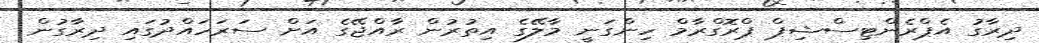
ދިރާގު އެޕްރެންޓިސްޝިޕް ޕްރޮގްރާމް ހިންގަނީ މާލޭގެ އިތުރުން ރާއްޖޭގެ އަށް ސަރަހައްދުގައި ދިރާގުން